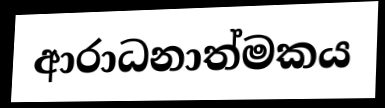
ආරාධනාත්මකය